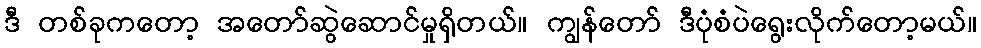
ဒီ တစ်ခုကတော့ အတော်ဆွဲဆောင်မှုရှိတယ်။ ကျွန်တော် ဒီပုံစံပဲရွေးလိုက်တော့မယ်။